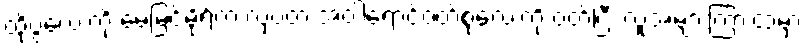
ထိုပွဲလေးကို မေမြင့်မိုရ်က လှပတဲ့ အဝါရောင်ဝတ်စုံလေးကို ဝတ်ပြီး လူအများကြားထဲမှာ